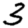
Digit: 3